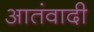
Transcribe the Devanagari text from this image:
आतंवादी